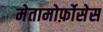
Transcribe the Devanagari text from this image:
मेतामोर्फ़ोसेस